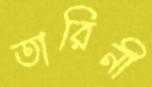
তারিনী